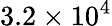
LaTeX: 3.2\times 10^{4}